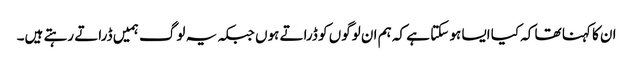
ان کا کہنا تھا کہ کیا ایسا ہو سکتا ہے کہ ہم ان لوگوں کو ڈراتے ہوں جبکہ یہ لوگ ہمیں ڈراتے رہتے ہیں۔